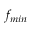
f _ { m i n }